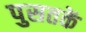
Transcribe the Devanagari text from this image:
पुसतकें